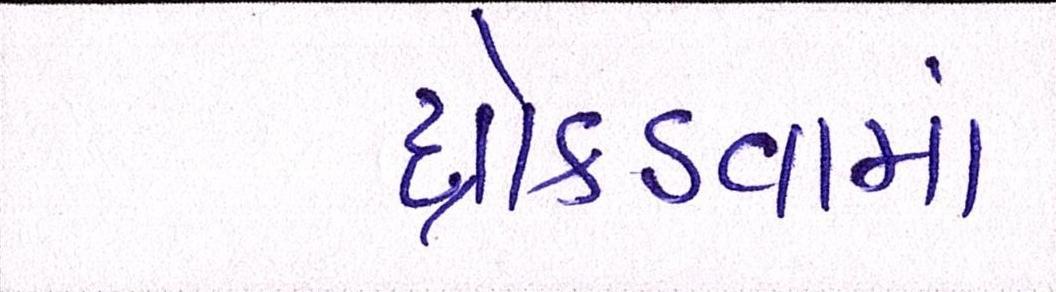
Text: ધ્રોકડવામાં